Annual administration and progress report of the Indian Medical Department, Bombay
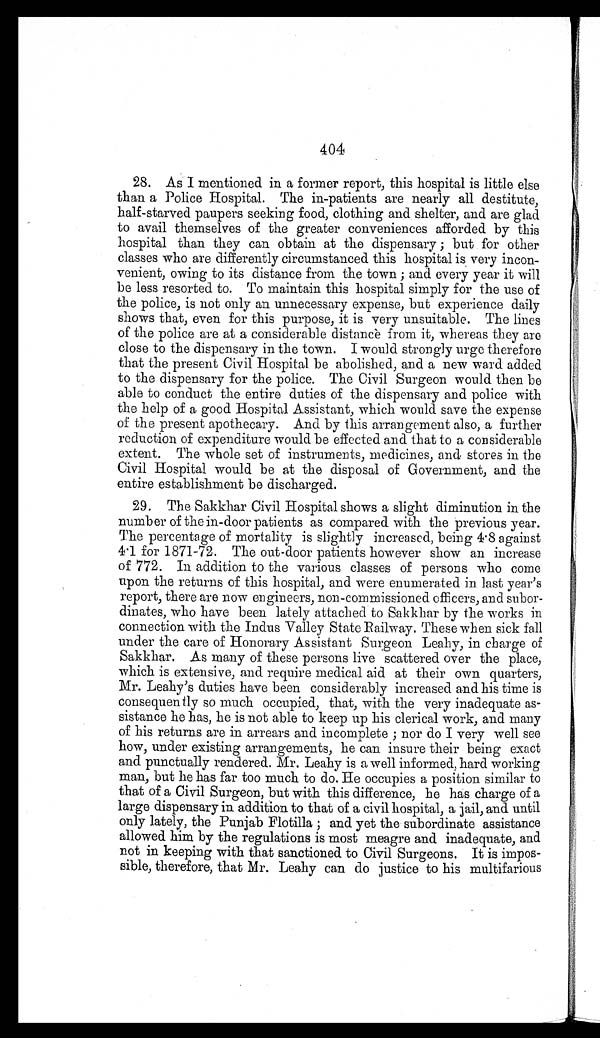
404
28. As I mentioned in a former report, this hospital is little else
than a Police Hospital. The in-patients are nearly all destitute,
half-starved paupers seeking food, clothing and shelter, and are glad
to avail themselves of the greater conveniences afforded by this
hospital than they can obtain at the dispensary ; but for other
classes who are differently circumstanced this hospital is very incon
-
venient, owing to its distance from the town ; and every year it will
be less resorted to. To maintain this hospital simply for the use of
the police, is not only an unnecessary expense, but experience daily
shows that, even for this purpose, it is very unsuitable. The lines
of the police are at a considerable distance from it, whereas they are
close to the dispensary in the town. I would strongly urge therefore
that the present Civil Hospital be abolished, and a new ward added
to the dispensary for the police. The Civil Surgeon would then be
able to conduct the entire duties of the dispensary and police with
the help of a good Hospital Assistant, which would save the expense
of the present apothecary. And by this arrangement also, a further
reduction of expenditure would be effected and that to a considerable
extent. The whole set of instruments, medicines, and stores in the
Civil Hospital would be at the disposal of Government, and the
entire establishment be discharged.
29. The Sakkhar Civil Hospital shows a slight diminution in the
number of the in-door patients as compared with the previous year.
The percentage of mortality is slightly increased, being 4.8 against
4.1 for 1871-72. The out-door patients however show an increase
of 772. In addition to the various classes of persons who come
upon the returns of this hospital, and were enumerated in last year's
report, there are now engineers, non-commissioned officers, and subor
-
dinates, who have been lately attached to Sakkhar by the works in
connection with the Indus Valley State Railway. These when sick fall
under the care of Honorary Assistant Surgeon Leahy, in charge of
Sakkhar. As many of these persons live scattered over the place,
which is extensive, and require medical aid at their own quarters,
Mr. Leahy's duties have been considerably increased and his time is
consequently so much occupied, that, with the very inadequate as
-
sistance he has, he is not able to keep up his clerical work, and many
of his returns are in arrears and incomplete ; nor do I very well see
how, under existing arrangements, he can insure their being exact
and punctually rendered. Mr. Leahy is a well informed, hard working
man, but he has far too much to do. He occupies a position similar to
that of a Civil Surgeon, but with this difference, he has charge of a
large dispensary in addition to that of a civil hospital, a jail, and until
only lately, the Punjab Flotilla ; and yet the subordinate assistance
allowed him by the regulations is most meagre and inadequate, and
not in keeping with that sanctioned to Civil Surgeons. It is impos
-
sible, therefore, that Mr. Leahy can do justice to his multifarious